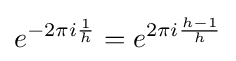
e^{-2\pi i{\frac {1}{h}}}=e^{2\pi i{\frac {h-1}{h}}}